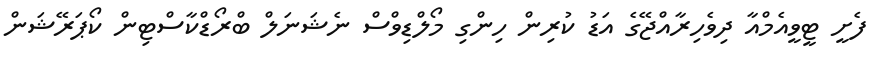
ފެށީ ޓީވީއެމްއާ ދިވެހިރާއްޖޭގެ އަޑު ކުރިން ހިންގި މޯލްޑިވްސް ނެޝަނަލް ބްރޯޑްކާސްޓިން ކޯޕަރޭޝަން